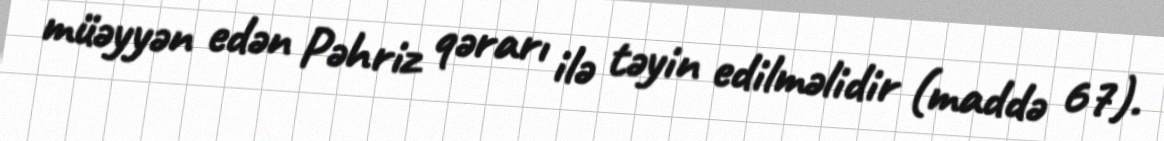
müəyyən edən Pəhriz qərarı ilə təyin edilməlidir (maddə 67).